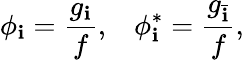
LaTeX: \phi_{\mathbf{i}}=\frac{{g_{\mathbf{i}}}}{{f}},\; \; \; \phi_{\mathbf{i}}^{*}=\frac{{g_{\bar{{\mathbf{i}}}}}}{{f}},